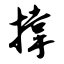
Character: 撑